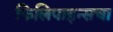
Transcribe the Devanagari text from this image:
फिलिपाइन्सचा